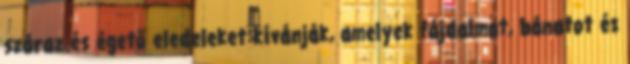
száraz és égető eledeleket kívánják, amelyek fájdalmat, bánatot és